Report of the Indian Hemp Drugs Commission, 1894-1895 - Volume IV
Year: 1894
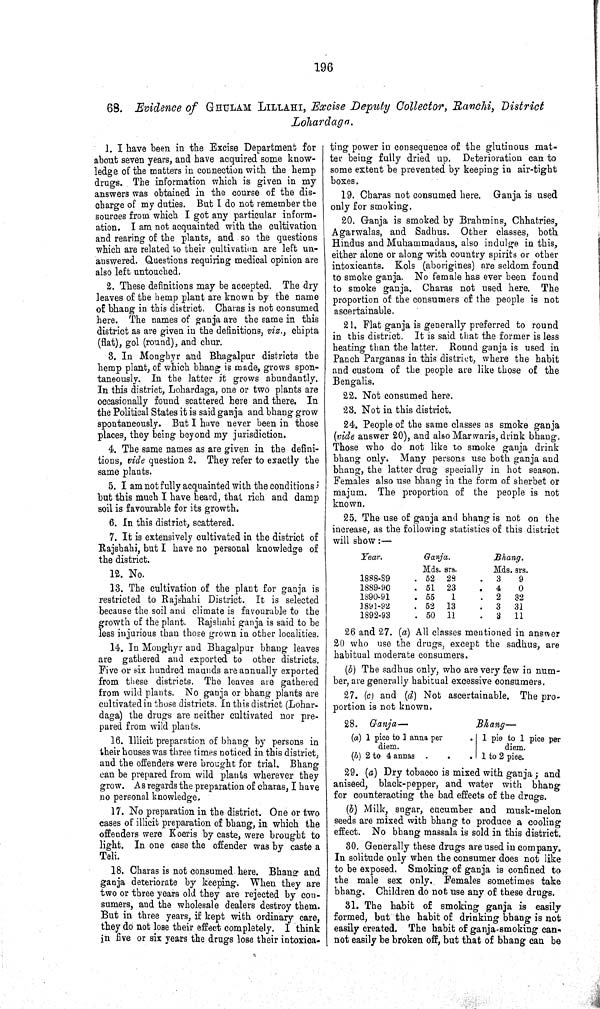
196
68. Evidence of GHULAM LILLAHI, Excise Deputy Collector, Ranchi, District
Lohardaga.
1. I have been in the Excise Department for
about seven years, and have acquired some know-
ledge of the matters in connection with the hemp
drugs. The information which is given in my
answers was obtained in the course of the dis-
charge of my duties. But I do not remember the
sources from which I got any particular inform-
ation. I am not acquainted with the cultivation
and rearing of the plants, and so the questions
which are related to their cultivation are left un-
answered. Questions requiring medical opinion are
also left untouched.
2. These definitions may be accepted. The dry
leaves of the hemp plant are known by the name
of bhang in this district. Charas is not consumed
here. The names of ganja are the same in this
district as are given in the definitions, viz., chipta
(flat), gol (round), and chur.
3. In Monghyr and Bhagalpur districts the
hemp plant, of which bhang is made, grows spon-
taneously. In the latter it grows abundantly.
In this district, Lohardaga, one or two plants are
occasionally found scattered here and there. In
the Political States it is said ganja and bhang grow
spontaneously. But I have never been in those
places, they being beyond my jurisdiction.
4. The same names as are given in the defini-
tions, vide question 2. They refer to exactly the
same plants.
5. I am not fully acquainted with the conditions;
but this much I have heard, that rich and damp
soil is favourable for its growth.
6. In this district, scattered.
7. It is extensively cultivated in the district of
Rajshahi, but I have no personal knowledge of
the district.
12. No.
13. The cultivation of the plant for ganja is
restricted to Rajshahi District. It is selected
because the soil and climate is favourable to the
growth of the plant. Rajshahi ganja is said to be
less injurious than those grown in other localities.
14. In Monghyr and Bhagalpur bhang leaves
are gathered and exported to other districts.
Five or six hundred maunds are annually exported
from these districts. The leaves are gathered
from wild plants. No ganja or bhang plants are
cultivated in those districts. In this district (Lohar-
daga) the drugs are neither cultivated nor pre-
pared from wild plants.
16. Illicit preparation of bhang by persons in
their houses was three times noticed in this district,
and the offenders were brought for trial. Bhang
can be prepared from wild plants wherever they
grow. As regards the preparation of charas, I have
no personal knowledge.
17. No preparation in the district. One or two
cases of illicit preparation of bhang, in which the
offenders were Koeris by caste, were brought to
light. In one case the offender was by caste a
Teli.
18. Charas is not consumed here. Bhang and
ganja deteriorate by keeping. When they are
two or three years old they are rejected by con-
sumers, and the wholesale dealers destroy them.
But in three years, if kept with ordinary care,
they do not lose their effect completely. I think
in five or six years the drugs lose their intoxica-
ting power in consequence of the glutinous mat-
ter being fully dried up. Deterioration can to
some extent be prevented by keeping in air-tight
boxes.
19. Charas not consumed here. Ganja is used
only for smoking.
20. Ganja is smoked by Brahmins, Chhatries,
Agarwalas, and Sadhus. Other classes, both
Hindus and Muhammadans, also indulge in this,
either alone or along with country spirits or other
intoxicants. Kols (aborigines) are seldom found
to smoke ganja. No female has ever been found
to smoke ganja. Charas not used here. The
proportion of the consumers of the people is not
ascertainable.
21. Flat ganja is generally preferred to round
in this district. It is said that the former is less
heating than the latter. Round ganja is used in
Panch Parganas in this district, where the habit
and custom of the people are like those of the
Bengalis.
22. Not consumed here.
23. Not in this district.
24. People of the same classes as smoke ganja
(vide answer 20), and also Marwaris, drink bhang.
Those who do not like to smoke ganja drink
bhang only. Many persons use both ganja and
bhang, the latter drug specially in hot season.
Females also use bhang in the form of sherbet or
majum. The proportion of the people is not
known.
25. The use of ganja and bhang is not on the
increase, as the following statistics of this district
will show:—
Year.
Ganja.
Bhang.
Mds. srs.
Mds. srs.
1888-89
52 28
3
9
1889-90
51 23
4
0
1890-91
55
1
2
32
1891-92
52 13
3 31
1892-93
50 11
3 11
26 and 27. (a) All classes mentioned in answer
20 who use the drugs, except the sadhus, are
habitual moderate consumers.
(b) The sadhus only, who are very few in num-
ber, are generally habitual excessive consumers.
27. (c) and (d) Not ascertainable. The pro-
portion is not known.
28.
Ganja—
Bhang—
(a) 1 pice to 1 anna per
1 pie to 1 pice per
diem.
diem.
(b) 2 to 4 annas
1 to 2 pice.
29. (a) Dry tobacco is mixed with ganja; and
aniseed, black-pepper, and water with bhang
for counteracting the bad effects of the drugs.
(b) Milk, sugar, cucumber and musk-melon
seeds are mixed with bhang to produce a cooling
effect. No bhang massala is sold in this district.
30. Generally these drugs are used in company.
In solitude only when the consumer does not like
to be exposed. Smoking of ganja is confined to
the male sex only. Females sometimes take
bhang. Children do not use any of these drugs.
31. The habit of smoking ganja is easily
formed, but the habit of drinking bhang is not
easily created. The habit of ganja-smoking can-
not easily be broken off, but that of bhang can be